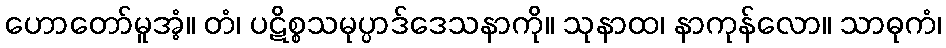
ဟောတော်မူအံ့။ တံ၊ ပဋိစ္စသမုပ္ပာဒ်ဒေသနာကို။ သုနာထ၊ နာကုန်လော။ သာဓုကံ၊